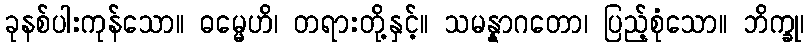
ခုနစ်ပါးကုန်သော။ ဓမ္မေဟိ၊ တရားတို့နှင့်။ သမန္နာဂတော၊ ပြည့်စုံသော။ ဘိက္ခု၊